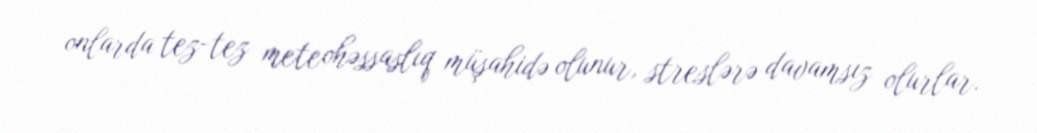
onlarda tez-tez meteohəssaslıq müşahidə olunur, streslərə davamsız olurlar.